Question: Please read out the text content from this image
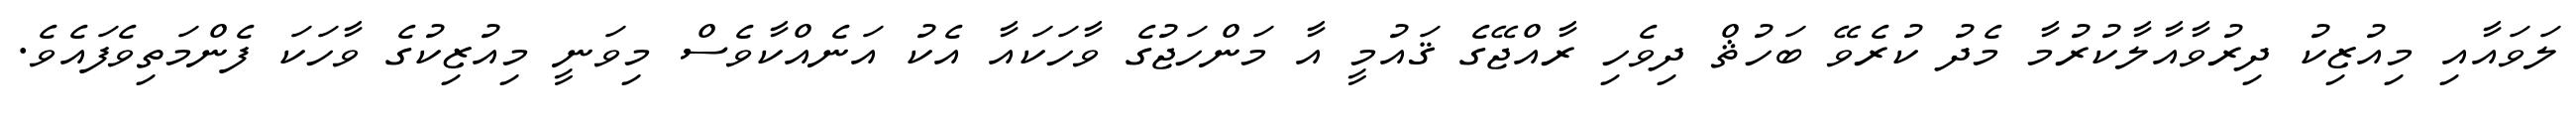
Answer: ލަވައާއި މިއުޒިކު ދިރުވާއާލާކުރުމާ މެދު ކުރެވޭ ބަހުޘް ދިވެހި ރާއްޖޭގެ ޤައުމީ އާ މަންހަޖުގެ ވާހަކައާ އެކު އަނެއްކާވެސް މިވަނީ މިއުޒިކުގެ ވާހަކަ ފެންމަތިވެފައެވެ.